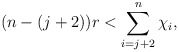
\begin{align*} (n-(j+2))r < \sum\limits_{i=j+2}^n \chi_i, \end{align*}